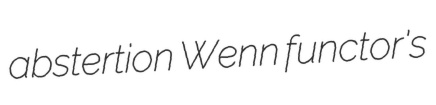
abstertion Wenn functor's